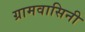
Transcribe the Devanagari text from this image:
ग्रामवासिनी